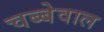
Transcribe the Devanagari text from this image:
चब्बेवाल